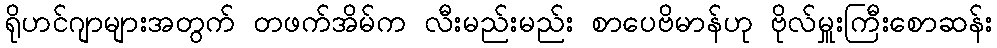
ရိုဟင်ဂျာများအတွက် တဖက်အိမ်က လီးမည်းမည်း စာပေဗိမာန်ဟု ဗိုလ်မှူးကြီးစောဆန်း